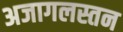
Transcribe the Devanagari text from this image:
अजागलस्तन